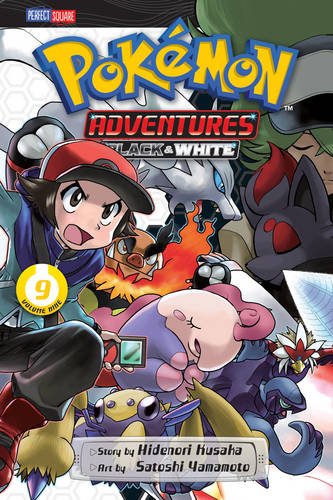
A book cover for PokÃ©mon Adventures: Black and White, Vol. 9 (Pokemon); Hidenori Kusaka; Children's Books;